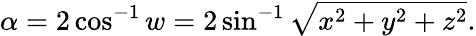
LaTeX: \alpha=2\cos^{-1}w=2\sin^{-1}{\sqrt{x^{2}+y^{2}+z^{2}}}.